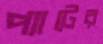
প্যাটের